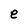
Character: e